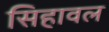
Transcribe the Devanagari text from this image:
सिहावल